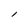
Character: l